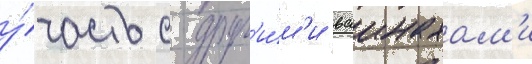
у́часть с друг'и́м'и ваинахам'и